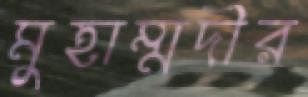
মুহাম্মদীর